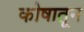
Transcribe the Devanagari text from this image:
कोषातून